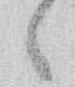
々